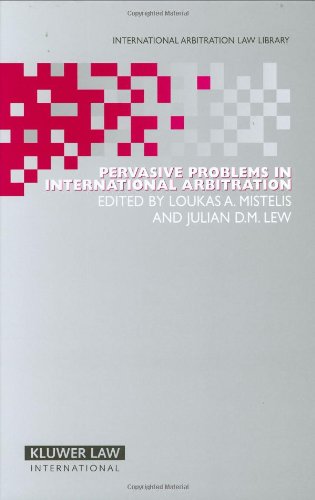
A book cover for Pervasive Problems in International Arbitration (International Arbitration Law Library Series Set); Law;